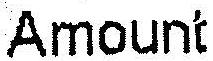
AMOUNT